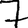
Digit: 7